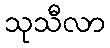
သုသီလာ